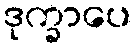
ဒုက္ခာပေ